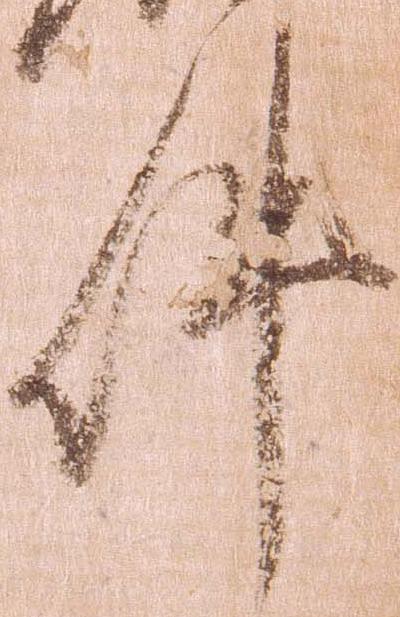
件